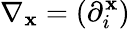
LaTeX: \nabla_{\mathbf{x}}=(\partial_{i}^{\mathbf{x}})